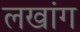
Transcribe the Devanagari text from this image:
लखांग